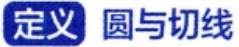
定义 圆与切线